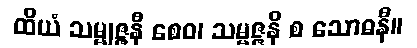
ထိယံ သမ္မုဇ္ဇနီ စေဝ၊ သမ္မဇ္ဇနီ စ သောဓနီ။